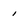
Character: i